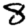
Digit: 8